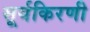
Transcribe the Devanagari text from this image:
सूर्यकिरणी